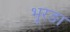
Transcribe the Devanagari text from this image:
भूरङा